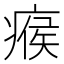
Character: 瘊